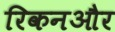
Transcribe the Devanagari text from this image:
रिकनऔर